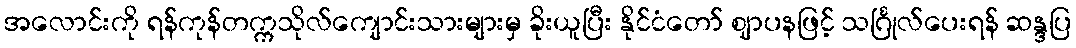
အလောင်းကို ရန်ကုန်တက္ကသိုလ်ကျောင်းသားများမှ ခိုးယူပြီး နိုင်ငံတော် ဈာပနဖြင့် သင်္ဂြုလ်ပေးရန် ဆန္ဒပြ